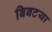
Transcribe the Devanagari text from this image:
बिबटया